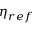
\eta _ { r e f }